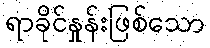
ရာခိုင်နှုန်းဖြစ်သော